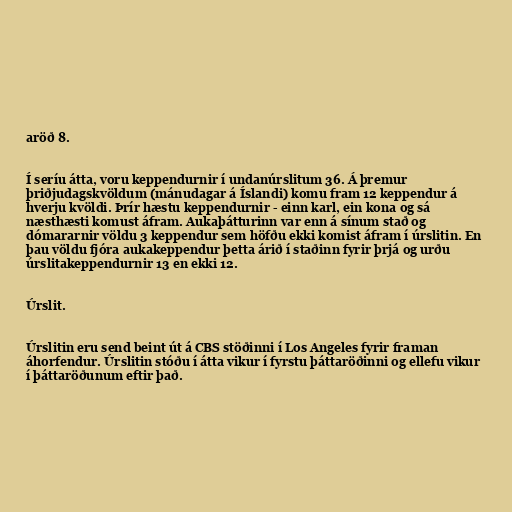
aröð 8.

Í seríu átta, voru keppendurnir í undanúrslitum 36. Á þremur
þriðjudagskvöldum (mánudagar á Íslandi) komu fram 12 keppendur á
hverju kvöldi. Þrír hæstu keppendurnir - einn karl, ein kona og sá
næsthæsti komust áfram. Aukaþátturinn var enn á sínum stað og
dómararnir völdu 3 keppendur sem höfðu ekki komist áfram í úrslitin. En
þau völdu fjóra aukakeppendur þetta árið í staðinn fyrir þrjá og urðu
úrslitakeppendurnir 13 en ekki 12.

Úrslit.

Úrslitin eru send beint út á CBS stöðinni í Los Angeles fyrir framan
áhorfendur. Úrslitin stóðu í átta vikur í fyrstu þáttaröðinni og ellefu vikur
í þáttaröðunum eftir það.